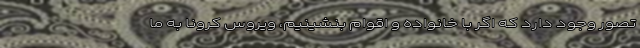
تصور وجود دارد که اگر با خانواده و اقوام بنشینیم، ویروس کرونا به ما